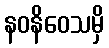
နဝနိဝေသမှိ